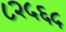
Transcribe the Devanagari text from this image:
८२५६५